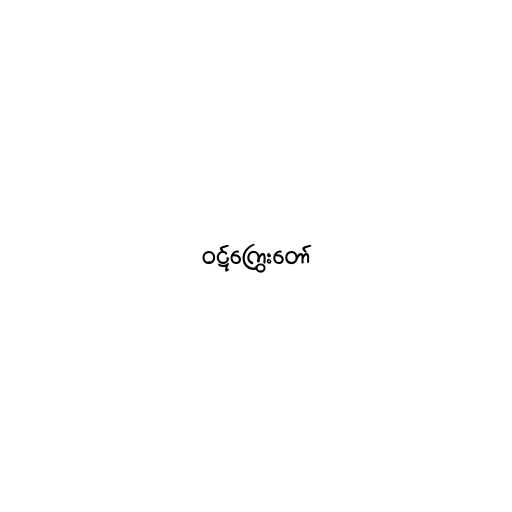
ဝဋ်ကြွေးတော်